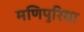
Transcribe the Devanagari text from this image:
मणिपुरिया